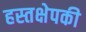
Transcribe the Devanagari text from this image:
हस्तक्षेपकी